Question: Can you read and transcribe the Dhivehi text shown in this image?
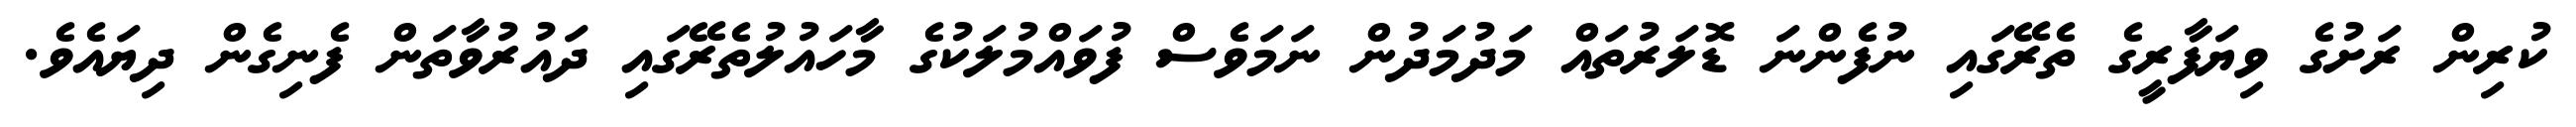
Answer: ކުރިން ރަށުގެ ވިޔަފާރީގެ ތެރޭގައި ނުފެންނަ ޑޮލަރުތައް މަދުމަދުން ނަމަވެސް ފުވައްމުލަކުގެ މާހައުލުތެރޭގައި ދައުރުވާތަން ފެނިގެން ދިޔައެވެ.